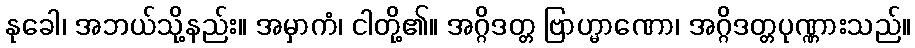
နုခေါ၊ အဘယ်သို့နည်း။ အမှာကံ၊ ငါတို့၏။ အဂ္ဂိဒတ္တ ဗြာဟ္မာဏော၊ အဂ္ဂိဒတ္တပုဏ္ဏားသည်။